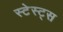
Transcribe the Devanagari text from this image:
स्टेस्ट्स